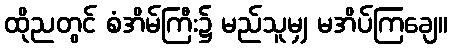
ထိုညတွင် စံအိမ်ကြီး၌ မည်သူမျှ မအိပ်ကြချေ။